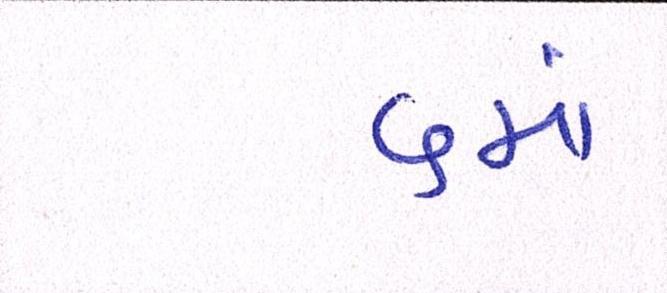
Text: ૬માં